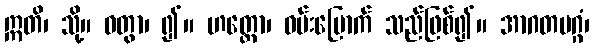
ဣတိ၊ သို့။ ဝတွာ၊ ၍။ ဟတ္တော၊ ဝမ်းမြောက် သည်ဖြစ်၍။ အာဂတမဂ္ဂံ၊